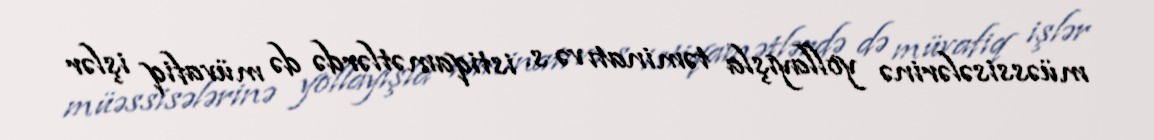
müəssisələrinə yollayışla təminatı və s. istiqamətlərdə də müvafiq işlər